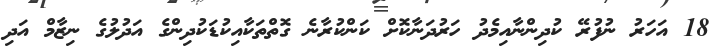
18 އަހަރު ނުފުރޭ ކުދިންނާއިމެދު ހަރުދަނާކޮށް ކަންކުރާނެ ގޮތްތަކާއިކުޑަކުދިންގެ އަދުލުގެ ނިޒާމް އަދި